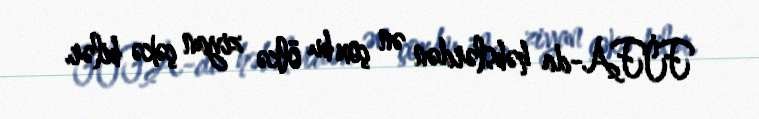
FİFA-da həbslərdən ən çox bu ölkə ziyan çəkə bilər.